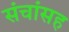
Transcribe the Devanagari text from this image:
संचांसह